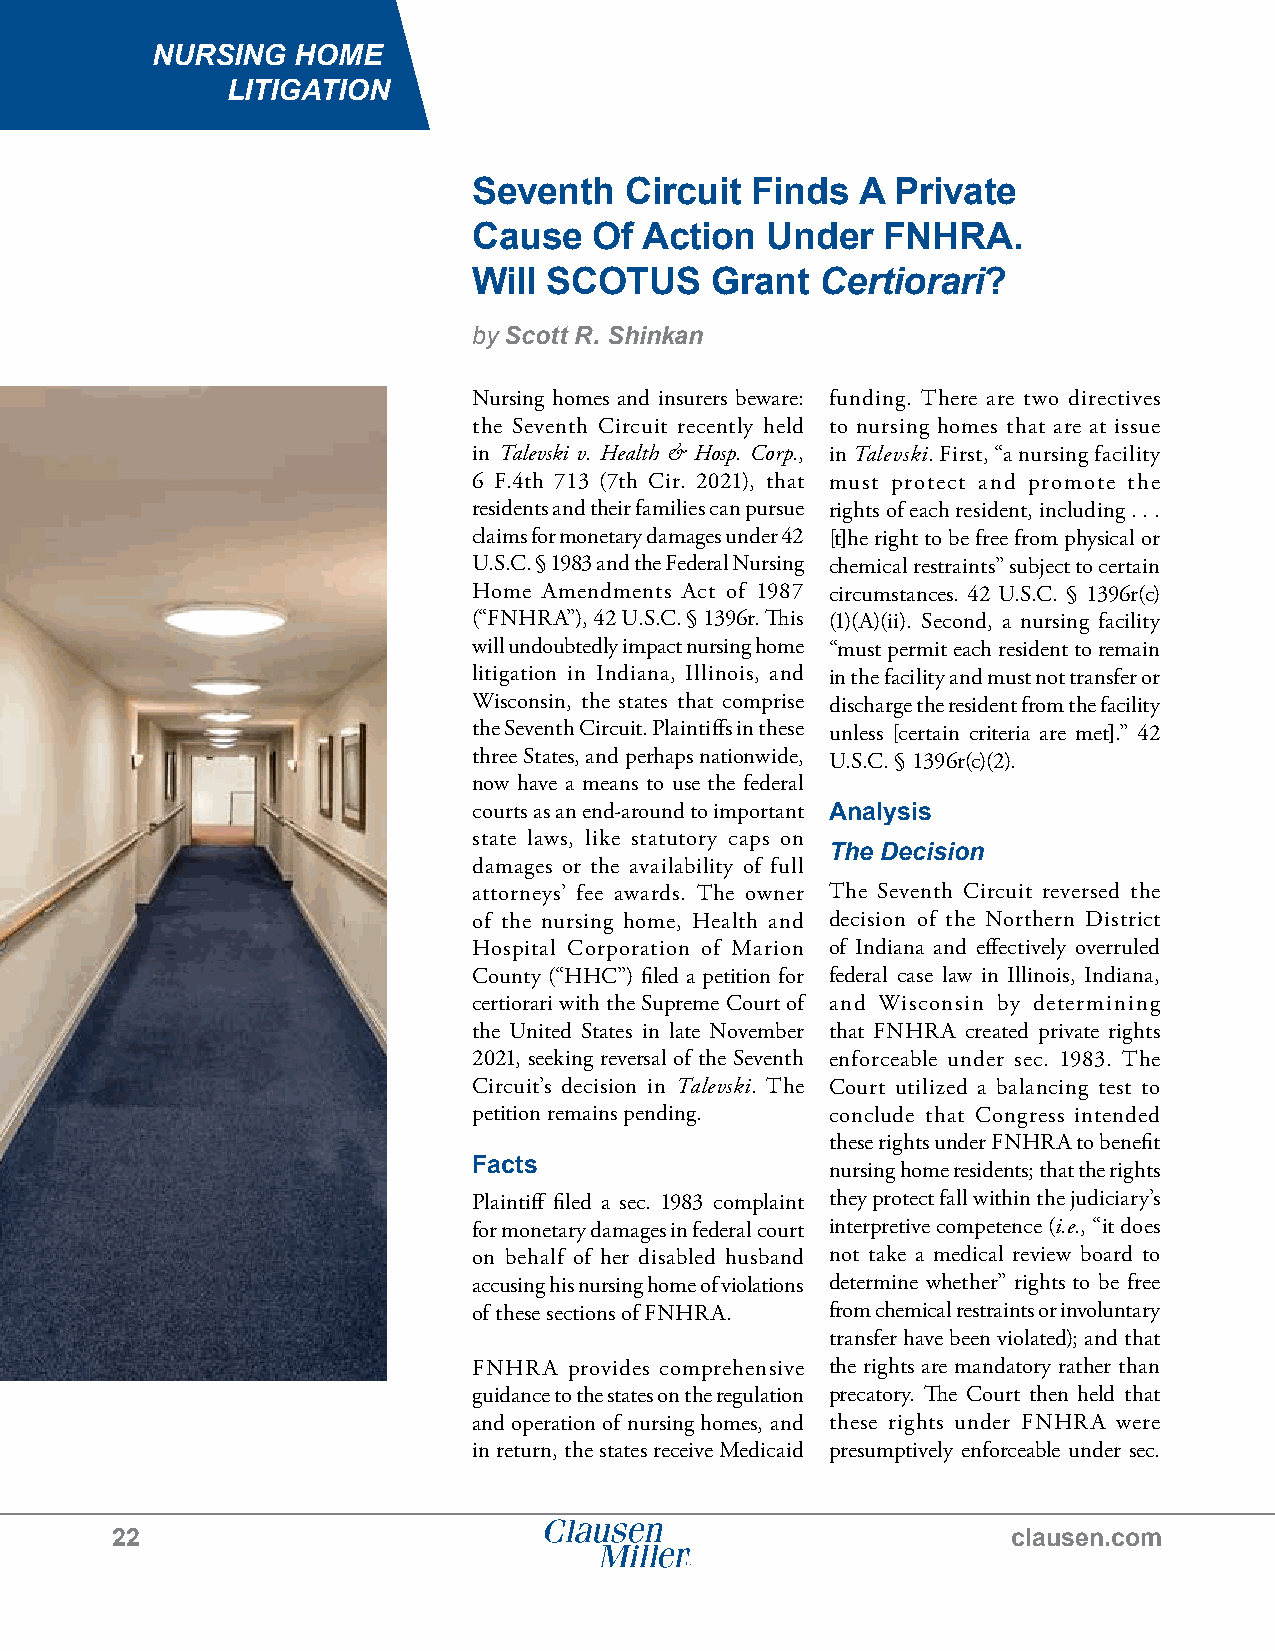
NURSING  HOME
 LITIGATION
 Seventh   Circuit  Finds  A Private
 Cause   Of  Action  Under  FNHRA.
 Will SCOTUS     Grant  Certiorari?
 by Scott R. Shinkan
 Nursing homes and insurers beware: funding. There are two directives
 the Seventh Circuit recently held to nursing homes that are at issue
 in Talevski v. Health & Hosp. Corp., in Talevski. First, “a nursing facility
 6 F.4th 713 (7th Cir. 2021), that must protect and promote the
 residents and their families can pursue rights of each resident, including . . .
 claims for monetary damages under 42 [t]he right to be free from physical or
 U.S.C. § 1983 and the Federal Nursing chemical restraints” subject to certain
 Home Amendments Act of 1987 circumstances. 42 U.S.C. § 1396r(c)
 (“FNHRA”), 42 U.S.C. § 1396r. This (1)(A)(ii). Second, a nursing facility
 will undoubtedly impact nursing home “must permit each resident to remain
 litigation in Indiana, Illinois, and in the facility and must not transfer or
 Wisconsin, the states that comprise discharge the resident from the facility
 the Seventh Circuit. Plaintiffs in these unless [certain criteria are met].” 42
 three States, and perhaps nationwide, U.S.C. § 1396r(c)(2).
 now have a means to use the federal
 courts as an end-around to important Analysis
 state laws, like statutory caps on
 The Decision
 damages or the availability of full
 attorneys’ fee awards. The owner The Seventh Circuit reversed the
 of the nursing home, Health and decision of the Northern District
 Hospital Corporation of Marion of Indiana and effectively overruled
 County (“HHC”) filed a petition for federal case law in Illinois, Indiana,
 certiorari with the Supreme Court of and Wisconsin by determining
 the United States in late November that FNHRA created private rights
 2021, seeking reversal of the Seventh enforceable under sec. 1983. The
 Circuit’s decision in Talevski. The Court utilized a balancing test to
 petition remains pending. conclude that Congress intended
 these rights under FNHRA to benefit
 Facts                   nursing home residents; that the rights
 Plaintiff filed a sec. 1983 complaint they protect fall within the judiciary’s
 for monetary damages in federal court interpretive competence (i.e., “it does
 on behalf of her disabled husband not take a medical review board to
 accusing his nursing home of violations determine whether” rights to be free
 of these sections of FNHRA. from chemical restraints or involuntary
 transfer have been violated); and that
 FNHRA  provides comprehensive the rights are mandatory rather than
 guidance to the states on the regulation precatory. The Court then held that
 and operation of nursing homes, and these rights under FNHRA were
 in return, the states receive Medicaid presumptively enforceable under sec.
 22                                                          clausen.com